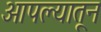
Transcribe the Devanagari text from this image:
आपल्यातून